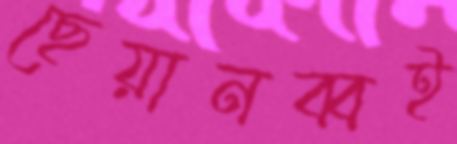
ছেয়ানব্বই